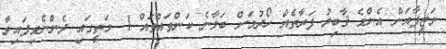
ވަޒީފާއަށް އެންމެ ޤާބިލު ފަރާތެއް ހޯދުމަށް ބަލާނެ ކަންތައްތައް 1- މަތީގައި ދެންނެވިފައިވާ